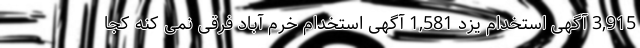
3,915 آگهی استخدام یزد 1,581 آگهی استخدام خرم آباد فرقی نمی کنه کجا